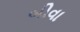
બીવા